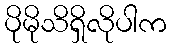
ပိုမိုသိရှိလိုပါက